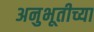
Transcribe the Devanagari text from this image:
अनुभूतीच्या